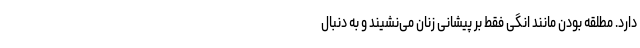
دارد. مطلقه بودن مانند انگی فقط بر پیشانی زنان می‌نشیند و به دنبال